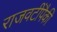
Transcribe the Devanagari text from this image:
राजवटींपैकी